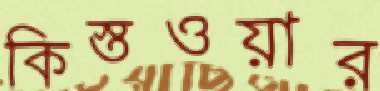
কিস্তওয়ার